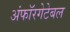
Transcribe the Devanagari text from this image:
अंफॉरगेटेबल